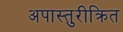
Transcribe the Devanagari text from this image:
अपास्तुरीक्रित